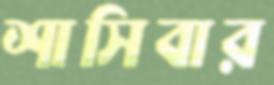
শাসিবার